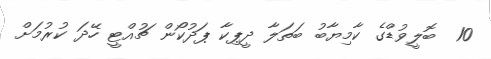
10  ބޮލީވުޑްގެ ކާމިޔާބު ބަތަލާ ދީޕިކާ ޕަދުކޯން ޗުއްޓީ ހޭދަ ކުރުމަށް